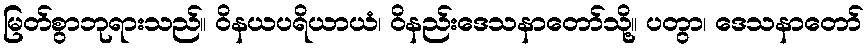
မြတ်စွာဘုရားသည်။ ဝိနယပရိယာယံ၊ ဝိနည်းဒေသနာတော်သို့။ ပတွာ၊ ဒေသနာတော်